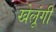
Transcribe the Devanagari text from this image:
खेलूंगी